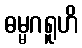
ဓမ္မဂရူဟိ